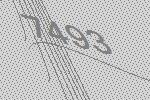
7493